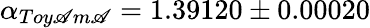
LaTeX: \alpha_{{Toy\mathscr{A}m\mathscr{A}}}=1.39120\pm0.00020